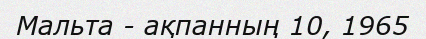
Мальта - ақпанның 10, 1965